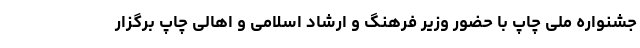
جشنواره ملی چاپ با حضور وزیر فرهنگ و ارشاد اسلامی و اهالی چاپ برگزار